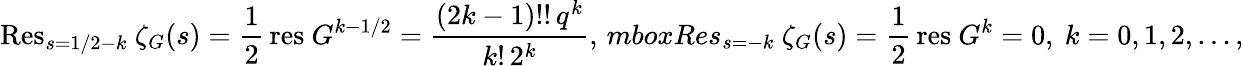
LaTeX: \mathrm{Res}_{s=1/2-k}\ \zeta_{G}(s)=\frac 12\, \mathrm{res}\ G^{k-1/2}=\frac{(2k-1)!!\, q^{k}}{k!\, 2^{k}},\, mbox{Res}_{s=-k}\ \zeta_{G}(s)=\frac 12\, \mathrm{res}\ G^{k}=0,\ k=0,1,2,\ldots,